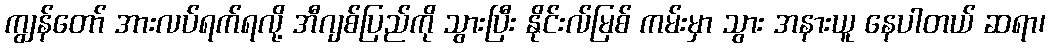
ကျွန်တော် အားလပ်ရက်ရလို့ အီဂျစ်ပြည်ကို သွားပြီး နိုင်းလ်မြစ် ကမ်းမှာ သွား အနားယူ နေပါတယ် ဆရာ၊